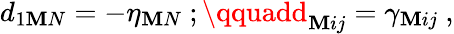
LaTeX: d_{1\mathbf{M}N}=-\eta_{\mathbf{M}N}\ ;\qquadd_{\mathbf{M}ij}=\gamma_{\mathbf{M}ij}\ ,